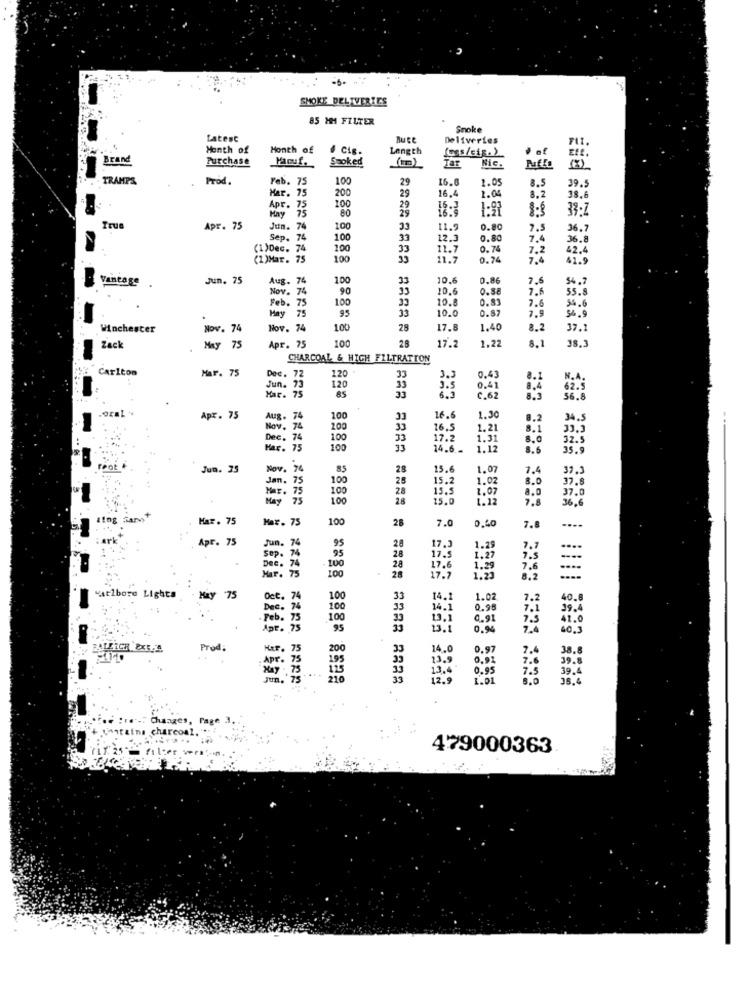
SMOKE DELIVERIES
85 MM FILTER
Snoke
Latest
Deliveries
Month of
Month of
Length
(css/sig. )
· af
Brand
Purchase
Macuf.
Smoked
Tar
Nic.
Puffo
TRAMPS
Prod.
Feb. 75
100
29
16.0
1.05
Har. 75
75
29
16.4
8.5
39.
200
1.0
38.6
Apr. 75
100
29
1:91
1.8
Hay
75
Apr. 75
Jun. 74
100
33
11.2
0.80
7.5
36.7
Sep. 74
100
33
12.3
0.80
7.4
36 . 8
(1)Dec. 74
100
33
11.7
0.74
7.2
(1)Mar. 75
100
11.7
0.74
7.4
Vantage
Jun. 75
Aug. 74
100
33
10.6
0.86
7.6
54.7
Nov. 74
90
33
10.6
0.88
7.6
55.8
100
33
10.0
0.83
7.6
54.6
Feb . 75
75
33
10.0
0.87
7.9
34.9
May
95
Winchester
Nov. 74
Hov. 74
100
28
17.8
1.40
8.2
37.1
Apr. 75
100
8.1
Zack
May 75
28
17.2
1.22
CHARCOAL & HIGH FILTRATION
Carlton
Har. 75
Dec.
72
120
33
0.43
Jun. 75
75
120
33
5.5
0,41
8.4
62.
Mar.
33
C.62
56.8
Apr. 75
Aug. 74
100
16.6
1.30
9.2
34.5
low. 74
200
33
16.
1.21
8.1
33.3
Dec. 74
100
33
7.2
1.31
8.0
Har.
100
14.6
1.12
8.6
35.5
reot
Jun. 25
Nov. 74
85
28
15.6
1.07
7.4
37.1
Jan. 75
100
15.2
1.02
8.0
7.8
100
28
15.5
1.07
8.0
37.0
Maz. 75
May
75
100
28
15.0
7.8
36,6
Har. 75
Mat. 75
100
28
7.0
0.40
7.8
Apr. 75
Jun. 74
Sep. 74
95
95
17.3
1.29
7.7
. 74
100
17.5
7.5
Dec .
Mar. 75
28
17.6
1.29
7.6
100
28
17.7
1.25
8.2
atlbore Lights
May 75
Oct.
100
33
14.1
1.02
7.2
40.8
Dec.
100
33
14.
0.98
7.1
39.4
Feb. 75
100
13.1
0.91
41.0
Apr. 75
95
0.94
40.3
Prod;
Her. 75
200
14.0
0,97
7.4
38.8
pr . 75
13 .
0.02
39.8
0.95
39.4
216
1.01
38.4
479000363